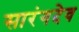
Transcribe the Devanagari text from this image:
सारंगदेव